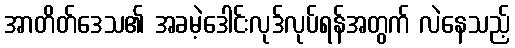
အာတိတ်ဒေသ၏ အခမဲ့ဒေါင်းလုဒ်လုပ်ရန်အတွက် လဲနေသည့်